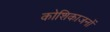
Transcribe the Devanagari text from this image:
कोशिकाजनों